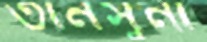
তানসুনা